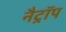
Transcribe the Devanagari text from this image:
नैट्रॉप